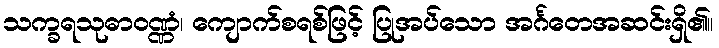
သက္ခရသုဓာဝဏ္ဏံ၊ ကျောက်စရစ်ဖြင့် ပြုအပ်သော အင်္ဂတေအဆင်းရှိ၏။